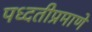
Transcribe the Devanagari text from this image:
पध्दतीप्रमाणे